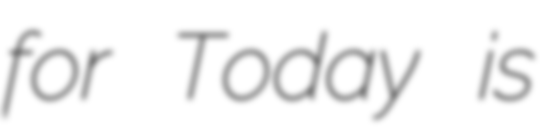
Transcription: for Today is